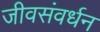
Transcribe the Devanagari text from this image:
जीवसंवर्धन